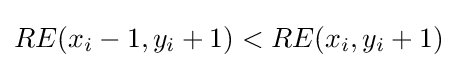
RE(x_{i}-1,y_{i}+1)<RE(x_{i},y_{i}+1)